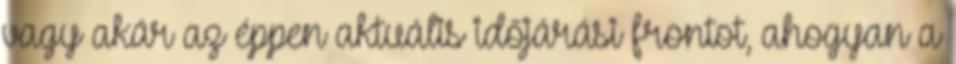
vagy akár az éppen aktuális időjárási frontot, ahogyan a